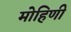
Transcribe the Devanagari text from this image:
मोहिणी